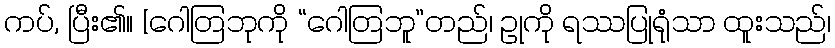
ကပ်, ပြီး၏။ [ဂေါတြဘုကို “ဂေါတြဘူ”တည်၊ ဥုကို ရဿပြုရုံသာ ထူးသည်၊